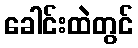
ခေါင်းထဲတွင်